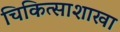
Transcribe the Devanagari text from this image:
चिकित्साशाखा